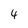
Character: 4